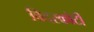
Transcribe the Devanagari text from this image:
बिदरकोटी